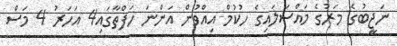
ނަޖީބުގެ މަރުގެ މައްސަލައިގެ ހުކުމް އިއްވުން އަންނަ ހަފްތާގައި4 އަހަރު 4 މަސް